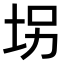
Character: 𫭦